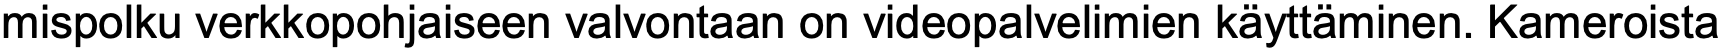
mispolku verkkopohjaiseen valvontaan on videopalvelimien käyttäminen. Kameroista